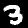
Digit: 3